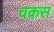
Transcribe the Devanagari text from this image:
वकस